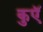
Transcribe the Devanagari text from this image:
कुएॅ